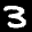
Label: 3